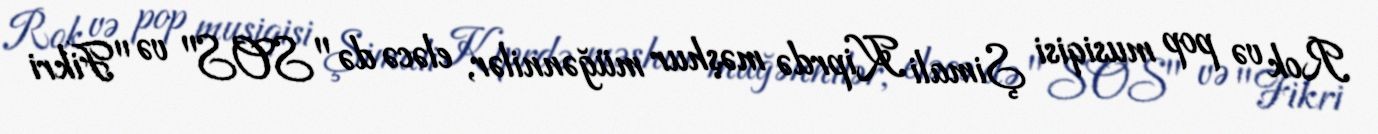
Rok və pop musiqisi Şimali Kiprdə məşhur müğənnilər, eləcə də "SOS" və "Fikri